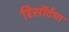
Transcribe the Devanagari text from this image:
रिसॉर्टचा